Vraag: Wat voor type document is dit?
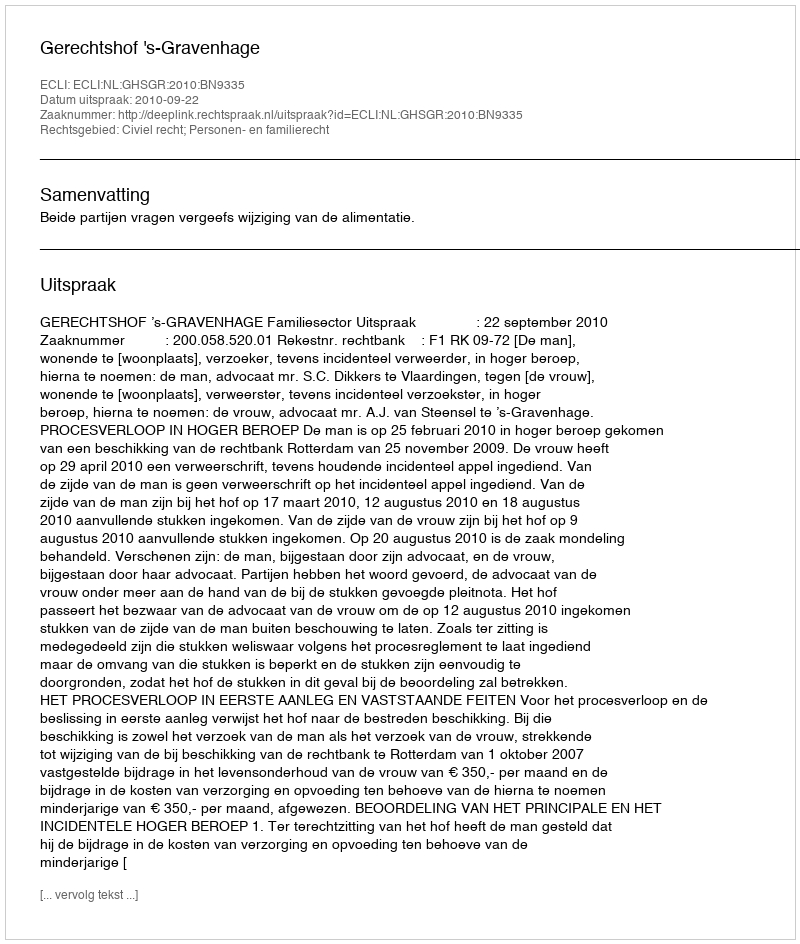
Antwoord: Uitspraak